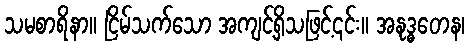
သမစာရိနာ။ ငြိမ်သက်သော အကျင့်ရှိသဖြင့်၎င်း။ အနုဒ္ဓတေန၊